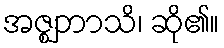
အဇ္ဈဘာသိ၊ ဆို၏။